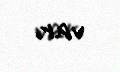
var.